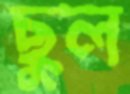
ছুল